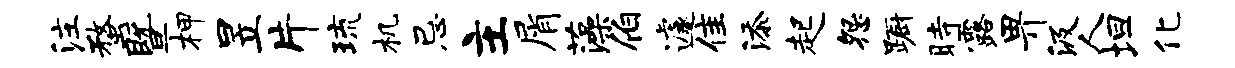
注蝥暨柙昱片琉机忌主屑藻伯遽隹添起怨蹰时露畀汲人坦化